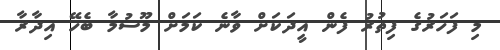
މި ފަހަރުގެ ފިތުރު ފެން އީދަކަށް ވާނެ ކަމަށް މޫސުމާ ބެހޭ އިދާރާ